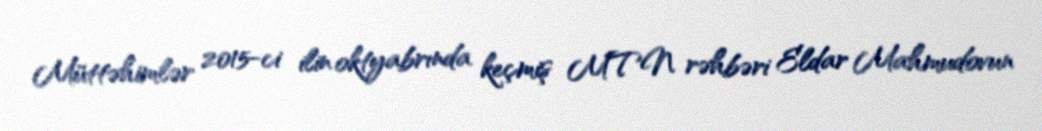
Müttəhimlər 2015-ci ilin oktyabrında keçmiş MTN rəhbəri Eldar Mahmudovun